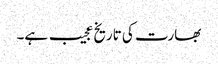
بھارت کی تاریخ عجیب ہے۔